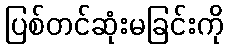
ပြစ်တင်ဆုံးမခြင်းကို